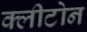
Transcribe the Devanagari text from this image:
क्‍लीटोन